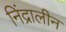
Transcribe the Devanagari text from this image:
निंद्रालीन